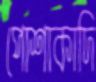
পোশাকাদি